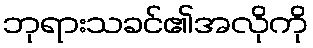
ဘုရားသခင်၏အလိုကို